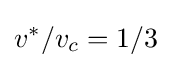
v^{*}/v_{c}=1/3